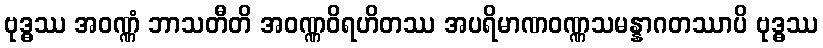
ဗုဒ္ဓဿ အဝဏ္ဏံ ဘာသတီတိ အဝဏ္ဏဝိရဟိတဿ အပရိမာဏဝဏ္ဏသမန္နာဂတဿာပိ ဗုဒ္ဓဿ